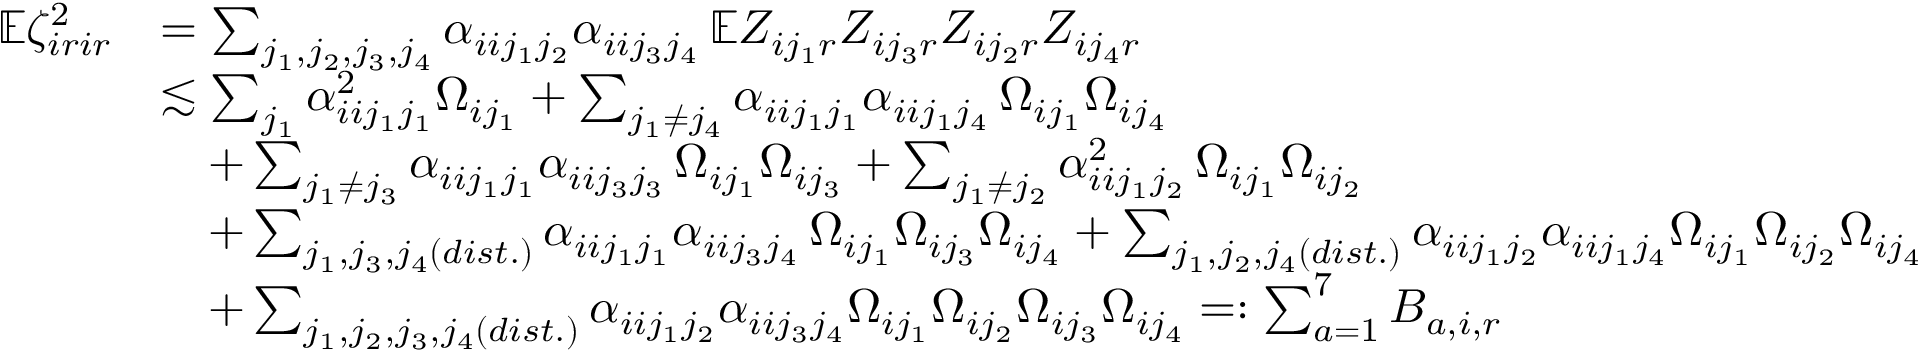
\begin{array} { r l } { \mathbb { E } \zeta _ { i r i r } ^ { 2 } } & { = \sum _ { j _ { 1 } , j _ { 2 } , j _ { 3 } , j _ { 4 } } \alpha _ { i i j _ { 1 } j _ { 2 } } \alpha _ { i i j _ { 3 } j _ { 4 } } \, \mathbb { E } Z _ { i j _ { 1 } r } Z _ { i j _ { 3 } r } Z _ { i j _ { 2 } r } Z _ { i j _ { 4 } r } } \\ & { \lesssim \sum _ { j _ { 1 } } \alpha _ { i i j _ { 1 } j _ { 1 } } ^ { 2 } \Omega _ { i j _ { 1 } } + \sum _ { j _ { 1 } \neq j _ { 4 } } \alpha _ { i i j _ { 1 } j _ { 1 } } \alpha _ { i i j _ { 1 } j _ { 4 } } \, \Omega _ { i j _ { 1 } } \Omega _ { i j _ { 4 } } } \\ & { \quad + \sum _ { j _ { 1 } \neq j _ { 3 } } \alpha _ { i i j _ { 1 } j _ { 1 } } \alpha _ { i i j _ { 3 } j _ { 3 } } \, \Omega _ { i j _ { 1 } } \Omega _ { i j _ { 3 } } + \sum _ { j _ { 1 } \neq j _ { 2 } } \alpha _ { i i j _ { 1 } j _ { 2 } } ^ { 2 } \, \Omega _ { i j _ { 1 } } \Omega _ { i j _ { 2 } } } \\ & { \quad + \sum _ { j _ { 1 } , j _ { 3 } , j _ { 4 } ( d i s t . ) } \alpha _ { i i j _ { 1 } j _ { 1 } } \alpha _ { i i j _ { 3 } j _ { 4 } } \, \Omega _ { i j _ { 1 } } \Omega _ { i j _ { 3 } } \Omega _ { i j _ { 4 } } + \sum _ { j _ { 1 } , j _ { 2 } , j _ { 4 } ( d i s t . ) } \alpha _ { i i j _ { 1 } j _ { 2 } } \alpha _ { i i j _ { 1 } j _ { 4 } } \Omega _ { i j _ { 1 } } \Omega _ { i j _ { 2 } } \Omega _ { i j _ { 4 } } } \\ & { \quad + \sum _ { j _ { 1 } , j _ { 2 } , j _ { 3 } , j _ { 4 } ( d i s t . ) } \alpha _ { i i j _ { 1 } j _ { 2 } } \alpha _ { i i j _ { 3 } j _ { 4 } } \Omega _ { i j _ { 1 } } \Omega _ { i j _ { 2 } } \Omega _ { i j _ { 3 } } \Omega _ { i j _ { 4 } } = : \sum _ { a = 1 } ^ { 7 } B _ { a , i , r } } \end{array}